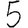
Digit: 5